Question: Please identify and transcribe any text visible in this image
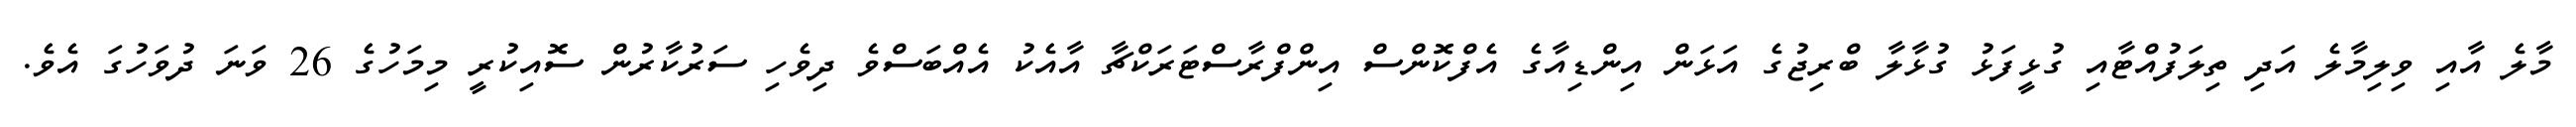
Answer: މާލެ އާއި ވިލިމާލެ އަދި ތިލަފުއްޓާއި ގުޅީފަޅު ގުޅާލާ ބްރިޖުގެ އަޅަން އިންޑިއާގެ އެފްކޮންސް އިންފްރާސްޓަރަކްޗާ އާއެކު އެއްބަސްވެ ދިވެހި ސަރުކާރުން ސޮއިކުރީ މިމަހުގެ 26 ވަނަ ދުވަހުގަ އެވެ.